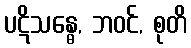
ပဋိသန္ဓေ, ဘဝင်, စုတိ